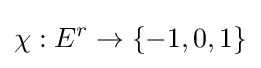
\chi :E^{r}\rightarrow \{-1,0,1\}